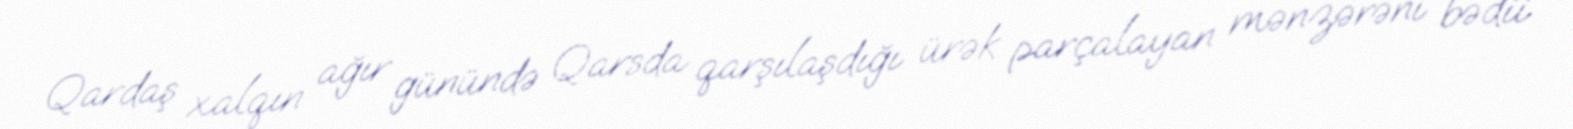
Qardaş xalqın ağır günündə Qarsda qarşılaşdığı ürək parçalayan mənzərəni bədii